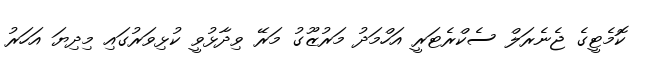
ކޮމެޓީގެ ޖެނެރަލް ސެކްރެޓަރީ އަހްމަދު މަރުޒޫގު މަރޭ ވިދާޅުވީ ކުޅިވަރުގައި މިދިޔަ އަހަރު